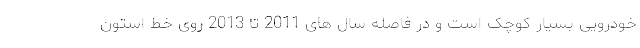
خودرویی بسیار کوچک است و در فاصله سال های 2011 تا 2013 روی خط استون